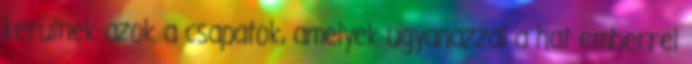
kerülnek azok a csapatok, amelyek ugyanazzal a hat emberrel